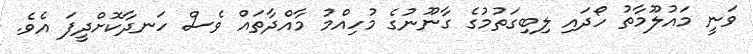
ވަނީ މައުލޫމާތު ހޯދައި ލިބިގަތުމުގެ ގާނޫނުގެ މުހިއްމު މާއްދާތައް ވެސް ހަނދާކޮށްދީފަ އެވެ.